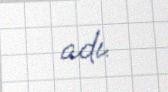
adı.